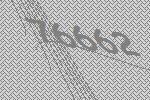
76662